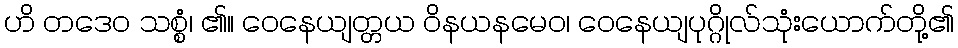
ဟိ တဒေဝ သစ္စံ၊ ၏။ ဝေနေယျတ္တယ ဝိနယနမေဝ၊ ဝေနေယျပုဂ္ဂိုလ်သုံးယောက်တို့၏